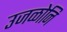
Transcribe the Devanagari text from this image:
उजळोनि